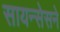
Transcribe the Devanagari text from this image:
सायन्सेसने